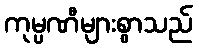
ကုမ္ပဏီများစွာသည်